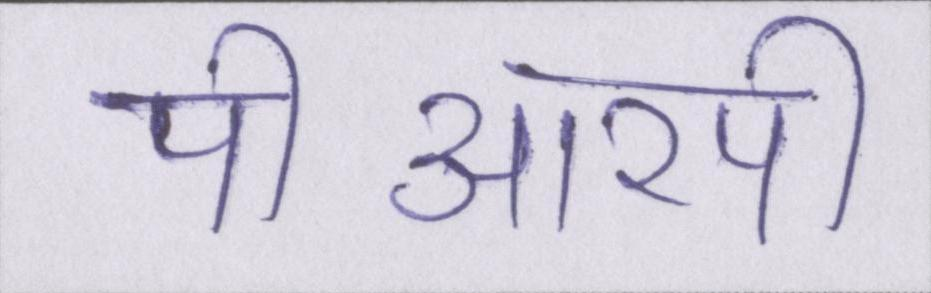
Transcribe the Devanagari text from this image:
पीआरपी